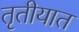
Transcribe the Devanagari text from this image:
तृतीयात